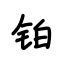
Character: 铂